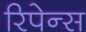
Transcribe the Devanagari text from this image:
रिपेन्स